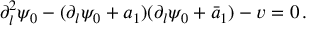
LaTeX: \partial _ { l } ^ { 2 } \psi _ { 0 } - ( \partial _ { l } \psi _ { 0 } + a _ { 1 } ) ( \partial _ { l } \psi _ { 0 } + \bar { a } _ { 1 } ) - v = 0 \, .